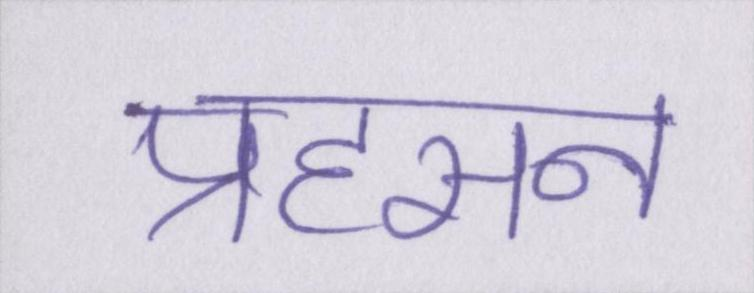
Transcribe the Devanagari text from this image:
प्रहसन